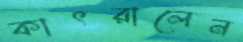
কাৎরালেন